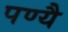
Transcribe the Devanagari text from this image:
पण्यै